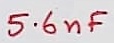
Text: 5.6nF